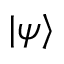
| \psi \rangle